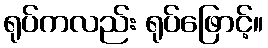
ရုပ်ကလည်း ရုပ်ဖြောင့်။